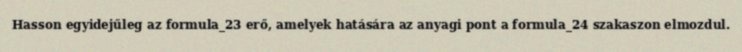
Hasson egyidejűleg az formula_23 erő, amelyek hatására az anyagi pont a formula_24 szakaszon elmozdul.